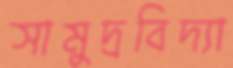
সামুদ্রবিদ্যা